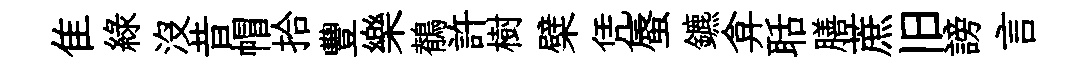
隹綠沒昔帽拾豐樂鶺許樹檗凭蜃鑣弇聒膳蔗旧謗言